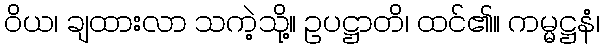
ဝိယ၊ ချထားလာ သကဲ့သို့။ ဥပဋ္ဌာတိ၊ ထင်၏။ ကမ္မဋ္ဌနံ၊